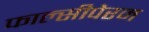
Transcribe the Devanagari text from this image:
फाल्सीपेरम